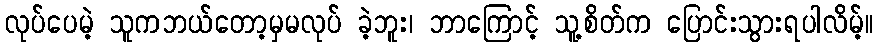
လုပ်ပေမဲ့ သူကဘယ်တော့မှမလုပ် ခဲ့ဘူး၊ ဘာကြောင့် သူ့စိတ်က ပြောင်းသွားရပါလိမ့်။